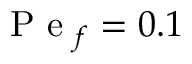
\mathrm { ~ P ~ e ~ } _ { f } = 0 . 1